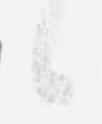
候